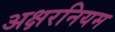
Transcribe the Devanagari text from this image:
अक्षरनियम